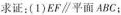
求证；(1)EF \parallel 平面ABC；